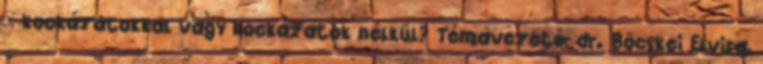
– kockázatokkal vagy kockázatok nélkül? Témavezető: dr. Böcskei Elvira,